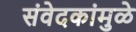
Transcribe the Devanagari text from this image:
संवेदकांमुळे